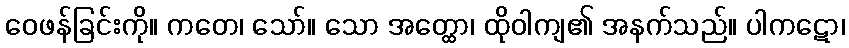
ဝေဖန်ခြင်းကို။ ကတေ၊ သော်။ သော အတ္ထော၊ ထိုဝါကျ၏ အနက်သည်။ ပါကဋော၊